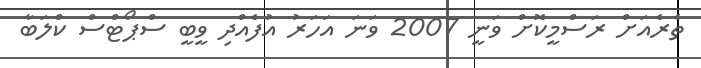
ތެރެއަށް ރަސްމީކޮށް ވަނީ 2007 ވަނަ އަހަރު އުފެެއްދި ވީބީ ސްޕޯޓްސް ކްލަބާ